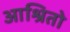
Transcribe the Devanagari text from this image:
आश्रितो